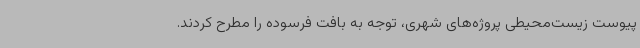
پیوست زیست‌محیطی پروژه‌های شهری، توجه به بافت فرسوده را مطرح کردند.